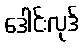
ဒေါင်းလုဒ်